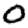
Digit: 0